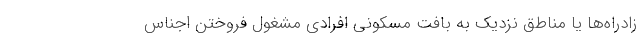
زادراه‌ها یا مناطق نزدیک به بافت مسکونی افرادی مشغول فروختن اجناس